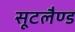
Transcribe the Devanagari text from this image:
सूटलैण्ड